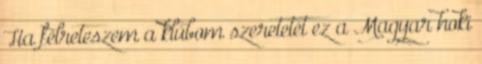
Ha félreteszem a klúbom szeretetét ez a Magyar hoki